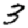
Digit: 3